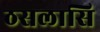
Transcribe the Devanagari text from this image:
ठसलासि